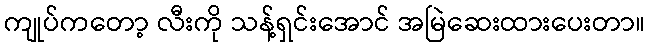
ကျုပ်ကတော့ လီးကို သန့်ရှင်းအောင် အမြဲဆေးထားပေးတာ။